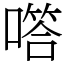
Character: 㗳